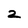
Character: z